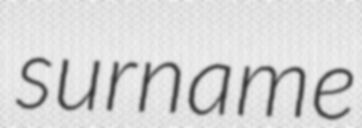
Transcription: surname